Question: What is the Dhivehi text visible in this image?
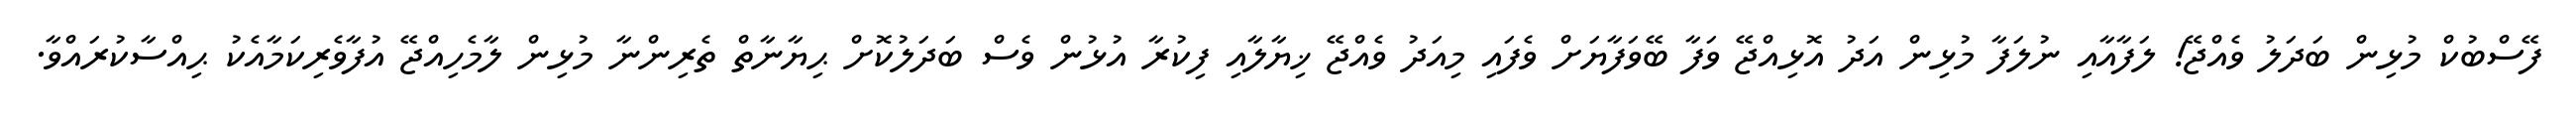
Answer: ފޭސްބުކް މުޅިން ބަދަލު ވެއްޖޭ! ލަފާއާއި ނުލަފާ މުޅިން އަދު އޮޅިއްޖޭ ވަފާ ބޭވަފާޔަށް ވެފައި މިއަދު ވެއްޖޭ ޚިޔާލާއި ފިކުރާ އުޅުން ވެސް ބަދަލުކޮށް ޙިޔާނާތް ތެރިންނާ މުޅިން ލާމެހިއްޖޭ އުފާވެރިކަމާއެކު ޙިއްސާކުރައްވާ.